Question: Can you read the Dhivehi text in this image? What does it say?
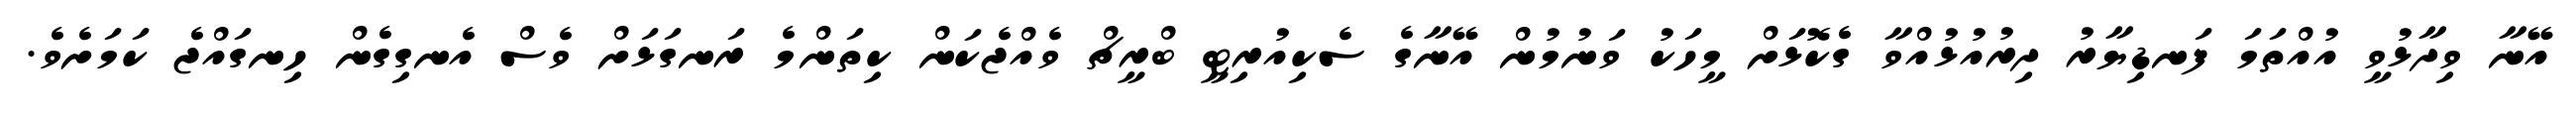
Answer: އޭނާ ވިދާޅުވީ އުއްތަމަ ފަނޑިޔާރު ދިރުއުޅުއްވާ ގެކޮޅަށް މީހަކު ވަނުމުން އޭނާގެ ސެކިއުރިޓީ ބްރީޗް ވެއްޖެކަން ކިތަންމެ ރަނގަޅަށް ވެސް އެނގިގެން ހިނގައްޖެ ކަމަށެވެ.